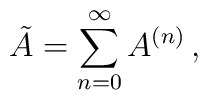
\tilde A=\sum_{n=0}^\infty A^{(n)}\,,